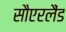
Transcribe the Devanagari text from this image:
सौएरलैंड